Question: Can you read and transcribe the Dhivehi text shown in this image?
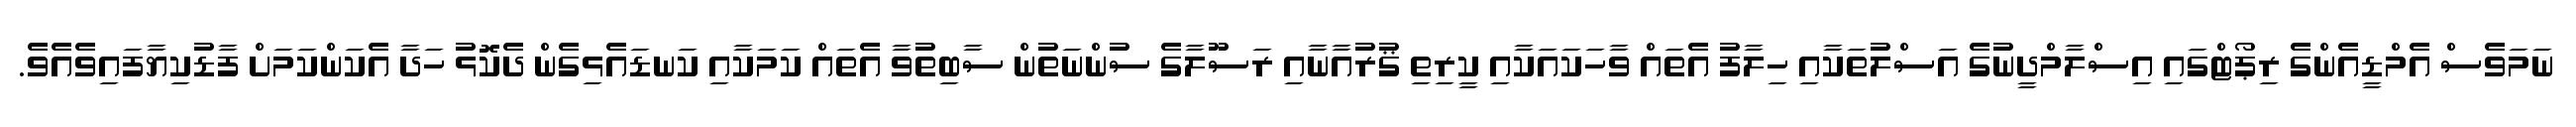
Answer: ނަމަވެސް އެމްޑީއެންގެ ރިޕޯޓްގައި އިސްލާމްދީނުގެ އަސްލުތަކާއި ހިލާފު އެތައް ވާހަކައަކާއި ކީރިތި ޤުރުއާނާއި ރަސޫލާގެ ސުންނަތުން ސާބިތުވާ އެތައް ކަމަކާއި ކަނޑައެޅިގެން ދެކޮޅު ހަދާ އެކަންކަމަށް ފާޑުކިޔާފައިވެއެވެ.